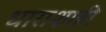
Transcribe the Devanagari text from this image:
धाराशाही